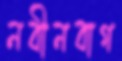
নবীনবাগ